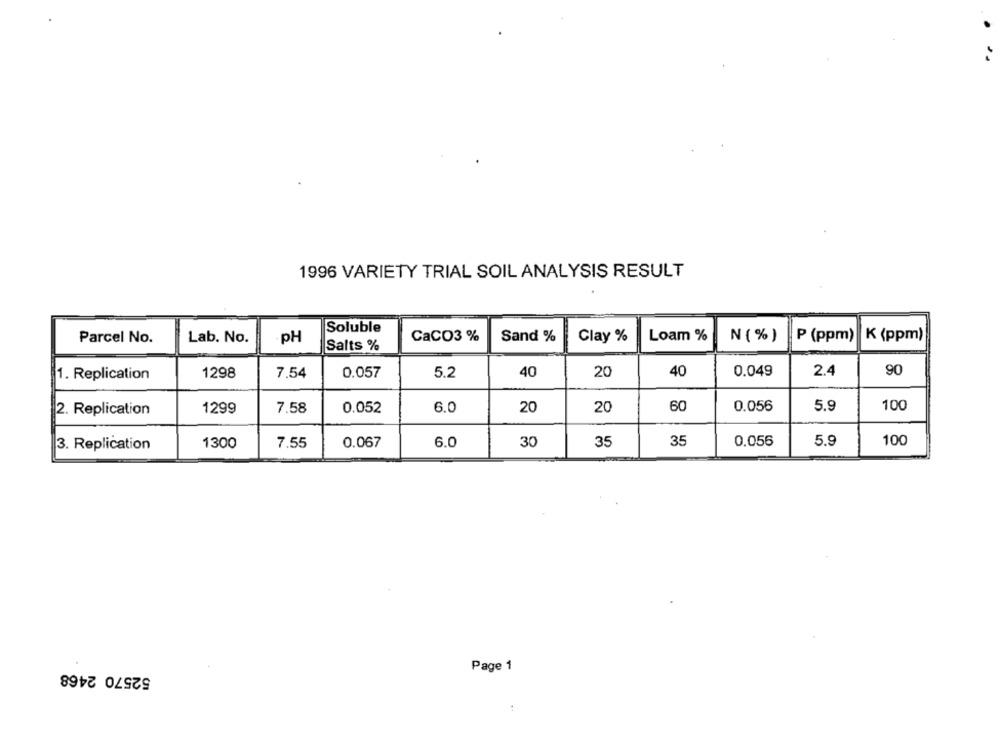
1996 VARIETY TRIAL SOIL ANALYSIS RESULT
Soluble
Parcel No.
Lab. No.
PH
CaCO3 %
Sand %
Clay %
Loam %
N (%)
P (ppm)
K (ppm)
Salts %
0.049
90
1. Replication
1298
7.54
0.057
5.2
40
20
40
2.4
1299
7.58
0.052
6.0
20
60
0.056
5.9
100
2. Replication
20
3. Replication
1300
7.55
0.067
6.0
30
35
35
0.056
5.9
100
52570 2468
Page 1